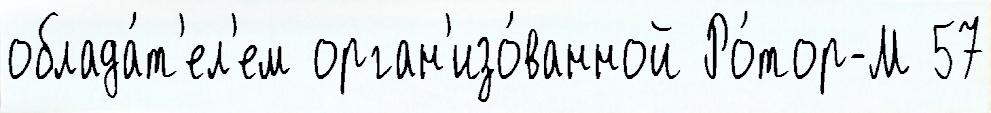
облада́т'ел'ем орган'изо́ванной Ро́тор-М 57